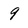
Character: 9